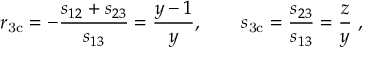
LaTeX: r _ { \mathrm { 3 c } } = - \frac { s _ { 1 2 } + s _ { 2 3 } } { s _ { 1 3 } } = \frac { y - 1 } { y } , \qquad s _ { \mathrm { 3 c } } = \frac { s _ { 2 3 } } { s _ { 1 3 } } = \frac { z } { y } \; ,